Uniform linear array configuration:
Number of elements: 8
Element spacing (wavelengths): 0.75
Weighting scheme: hann
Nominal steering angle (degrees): -45
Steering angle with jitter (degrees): -45.117
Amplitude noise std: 0.05
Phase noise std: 0.05

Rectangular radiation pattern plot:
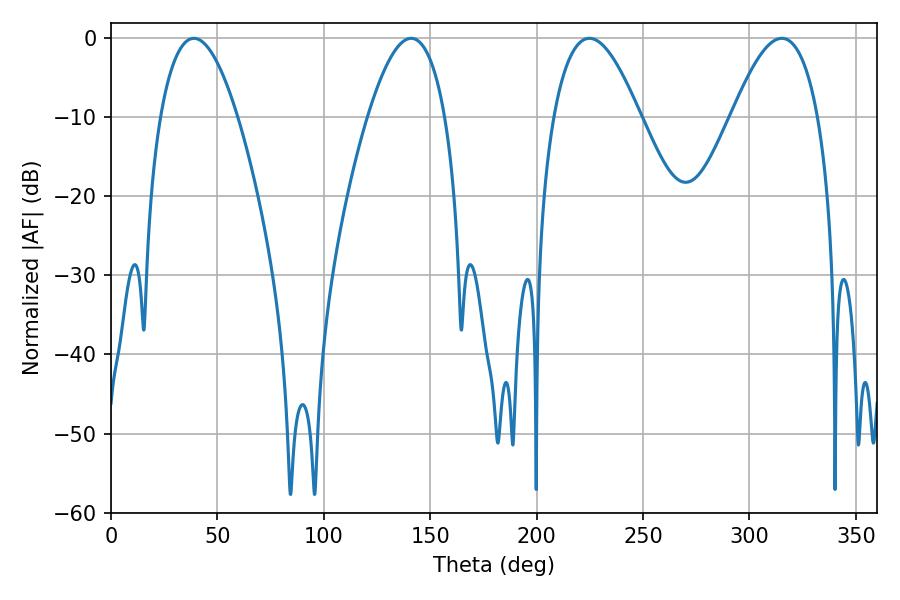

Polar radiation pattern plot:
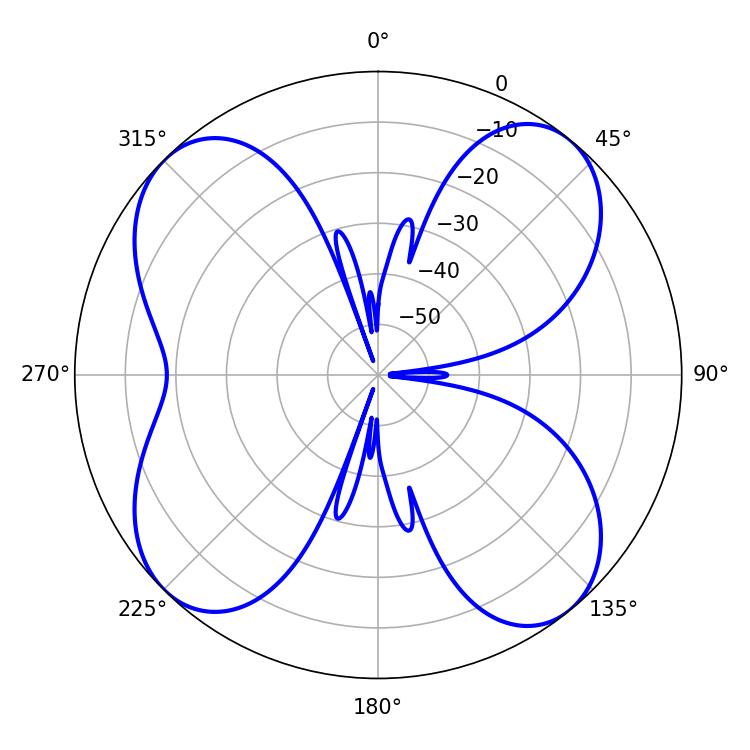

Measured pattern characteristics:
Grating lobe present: TRUE
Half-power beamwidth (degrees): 22.32
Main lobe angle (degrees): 224.82